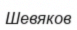
Шевяков